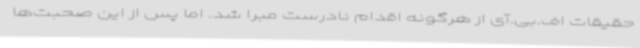
حقیقات اف.بی.آی از هرگونه اقدام نادرست مبرا شد. اما پس از این صحبت‌ها